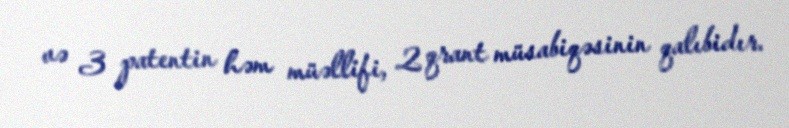
və 3 patentin həm müəllifi, 2 qrant müsabiqəsinin qalıbidır.